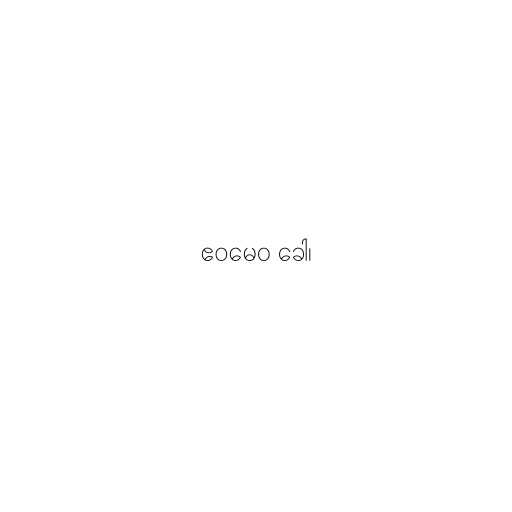
ဧဝမေဝ ခေါ၊